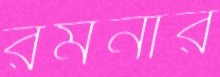
রমনার